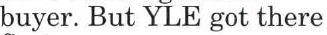
buyer. But YLE got there